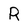
Character: R